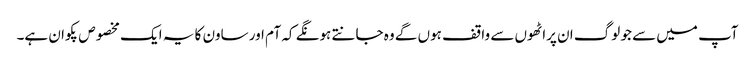
آپ میں سے جو لوگ ان پراٹھوں سے واقف ہوں گے وہ جانتے ہونگے کہ آم اور ساون کا یہ ایک مخصوص پکوان ہے۔